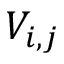
V _ { i , j }